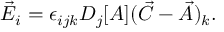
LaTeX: \vec { E } _ { i } = \epsilon _ { i j k } D _ { j } [ A ] ( \vec { C } - \vec { A } ) _ { k } .